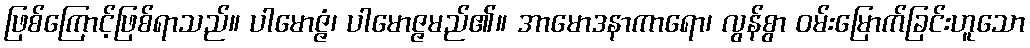
ဖြစ်ကြောင့်ဖြစ်ရာသည်။ ပါမောဇ္ဇံ၊ ပါမောဇ္ဇမည်၏။ အာမောဒနာကာရော၊ လွန်စွာ ဝမ်းမြောက်ခြင်းဟူသော